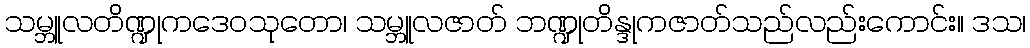
သမ္ဘူလတိဏ္ဍုကဒေဝသုတော၊ သမ္ဘူလဇာတ် ဘဏ္ဍုတိန္ဒုကဇာတ်သည်လည်းကောင်း။ ဒသ၊